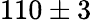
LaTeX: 110\pm 3